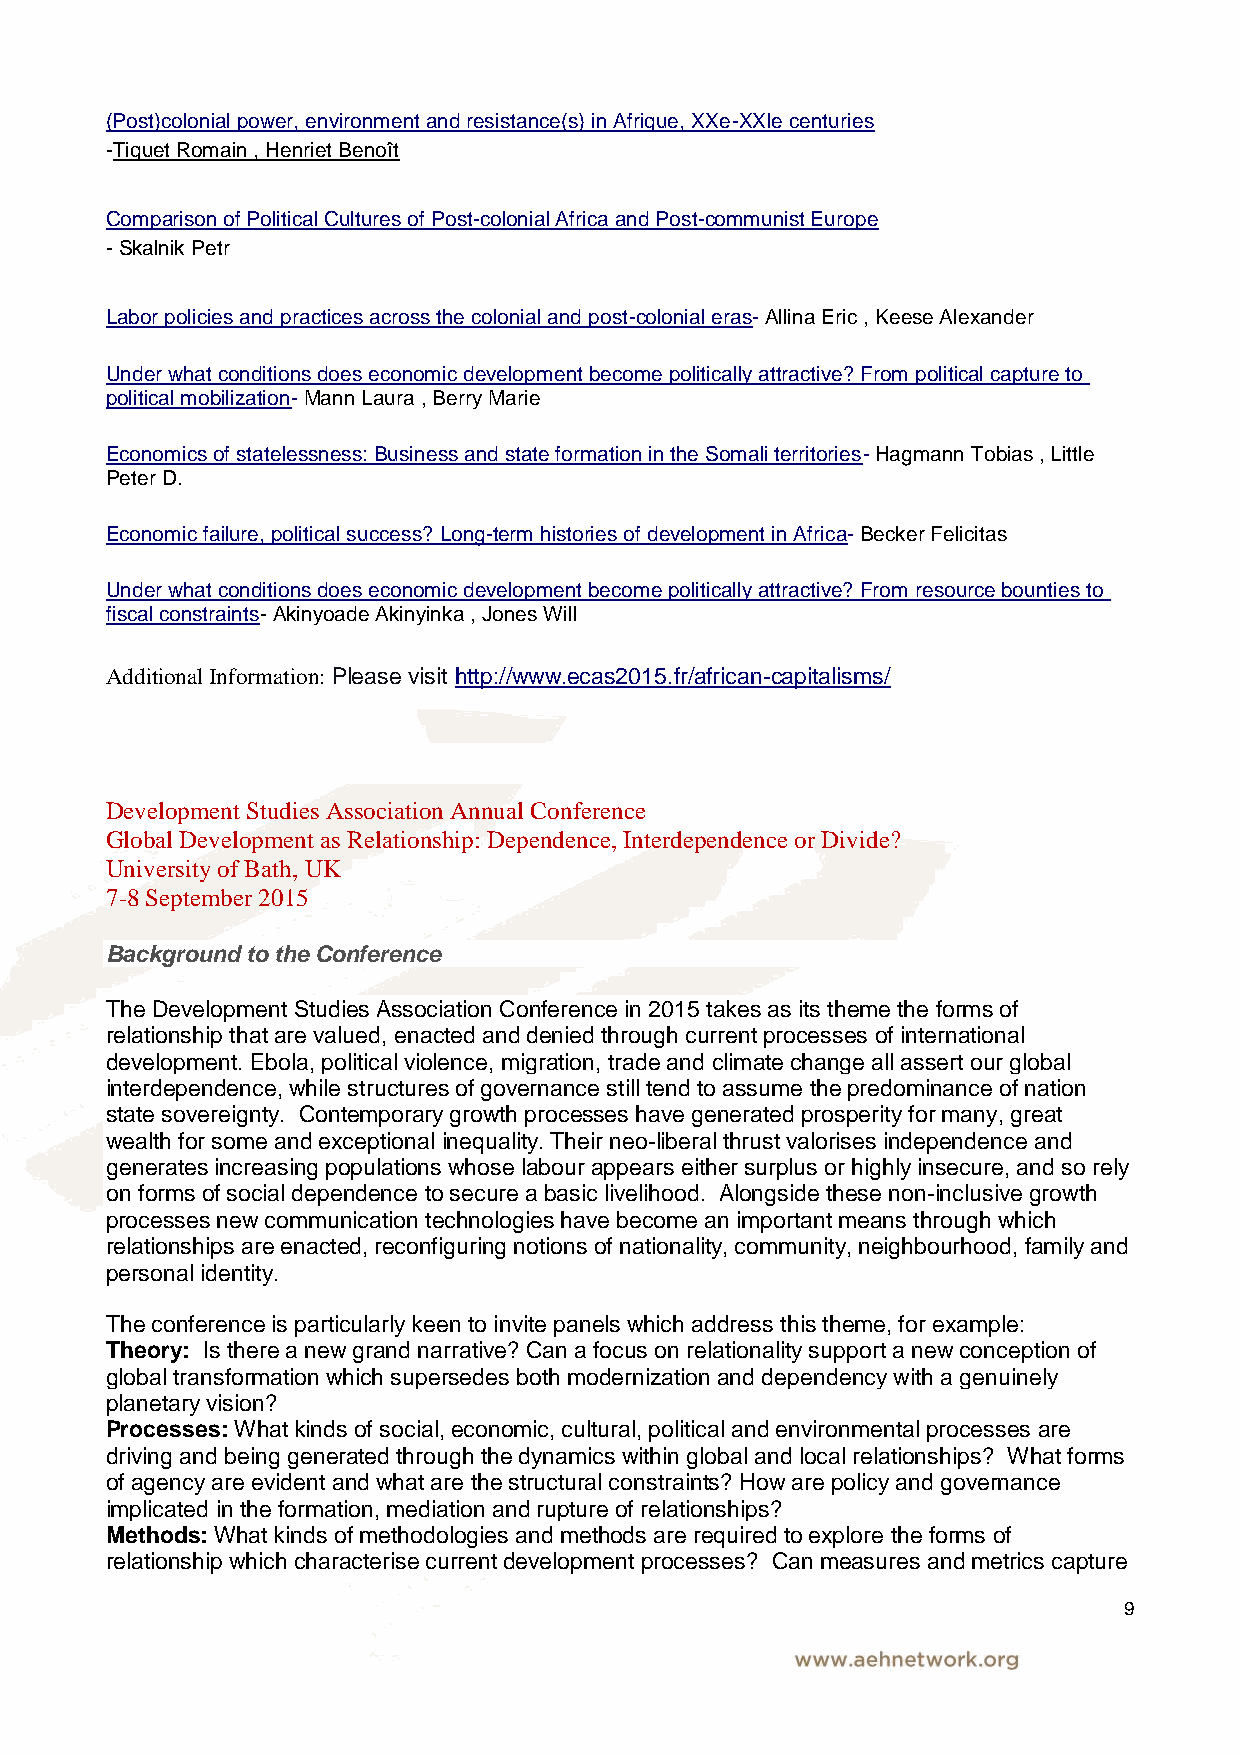
(Post)colonial power, environment and resistance(s) in Afrique, XXe-XXIe centuries
 -Tiquet Romain , Henriet Benoît
 Comparison of Political Cultures of Post-colonial Africa and Post-communist Europe
 - Skalnik Petr
 Labor policies and practices across the colonial and post-colonial eras- Allina Eric , Keese Alexander
 Under what conditions does economic development become politically attractive? From political capture to
 political mobilization- Mann Laura , Berry Marie
 Economics of statelessness: Business and state formation in the Somali territories- Hagmann Tobias , Little
 Peter D.
 Economic failure, political success? Long-term histories of development in Africa- Becker Felicitas
 Under what conditions does economic development become politically attractive? From resource bounties to
 fiscal constraints- Akinyoade Akinyinka , Jones Will
 Additional Information: Please visit http://www.ecas2015.fr/african-capitalisms/
 Development Studies Association Annual Conference
 Global Development as Relationship: Dependence, Interdependence or Divide?
 University of Bath, UK
 7-8 September 2015
 Background to the Conference
 The Development Studies Association Conference in 2015 takes as its theme the forms of
 relationship that are valued, enacted and denied through current processes of international
 development. Ebola, political violence, migration, trade and climate change all assert our global
 interdependence, while structures of governance still tend to assume the predominance of nation
 state sovereignty. Contemporary growth processes have generated prosperity for many, great
 wealth for some and exceptional inequality. Their neo-liberal thrust valorises independence and
 generates increasing populations whose labour appears either surplus or highly insecure, and so rely
 on forms of social dependence to secure a basic livelihood. Alongside these non-inclusive growth
 processes new communication technologies have become an important means through which
 relationships are enacted, reconfiguring notions of nationality, community, neighbourhood, family and
 personal identity.
 The conference is particularly keen to invite panels which address this theme, for example:
 Theory: Is there a new grand narrative? Can a focus on relationality support a new conception of
 global transformation which supersedes both modernization and dependency with a genuinely
 planetary vision?
 Processes: What kinds of social, economic, cultural, political and environmental processes are
 driving and being generated through the dynamics within global and local relationships? What forms
 of agency are evident and what are the structural constraints? How are policy and governance
 implicated in the formation, mediation and rupture of relationships?
 Methods: What kinds of methodologies and methods are required to explore the forms of
 relationship which characterise current development processes? Can measures and metrics capture
 9